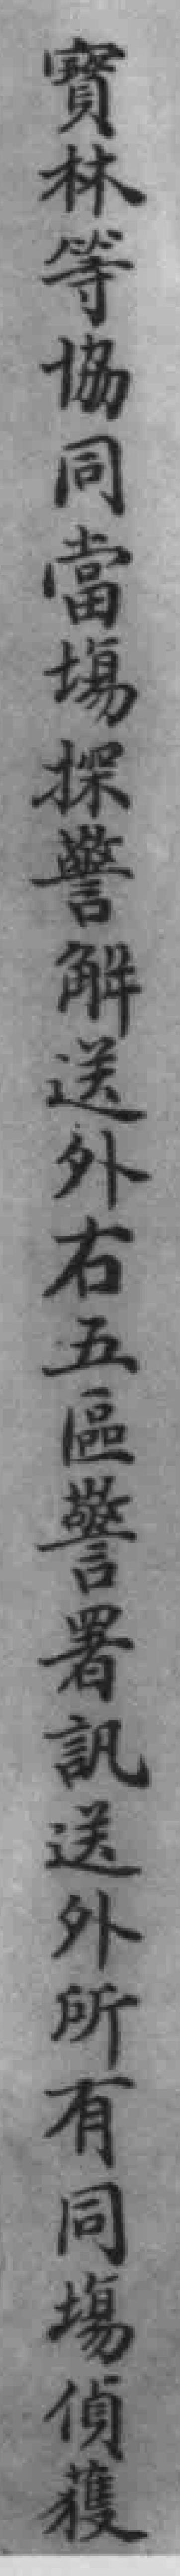
實林等協同當場探警解送外右五區警署訊送外所有同場偵獲